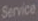
Service